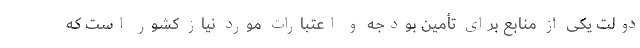
دولت یکی از منابع برای تأمین بودجه و اعتبارات مورد نیاز کشور است که